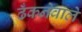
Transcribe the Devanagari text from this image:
ढँकनेवाले